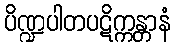
ပိဏ္ဍပါတပဋိက္ကန္တာနံ